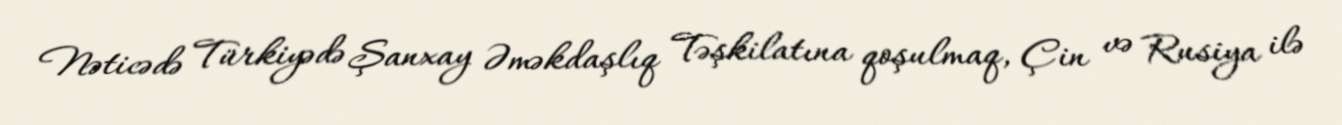
Nəticədə Türkiyədə Şanxay Əməkdaşlıq Təşkilatına qoşulmaq, Çin və Rusiya ilə